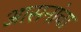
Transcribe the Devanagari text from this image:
आसनांचा